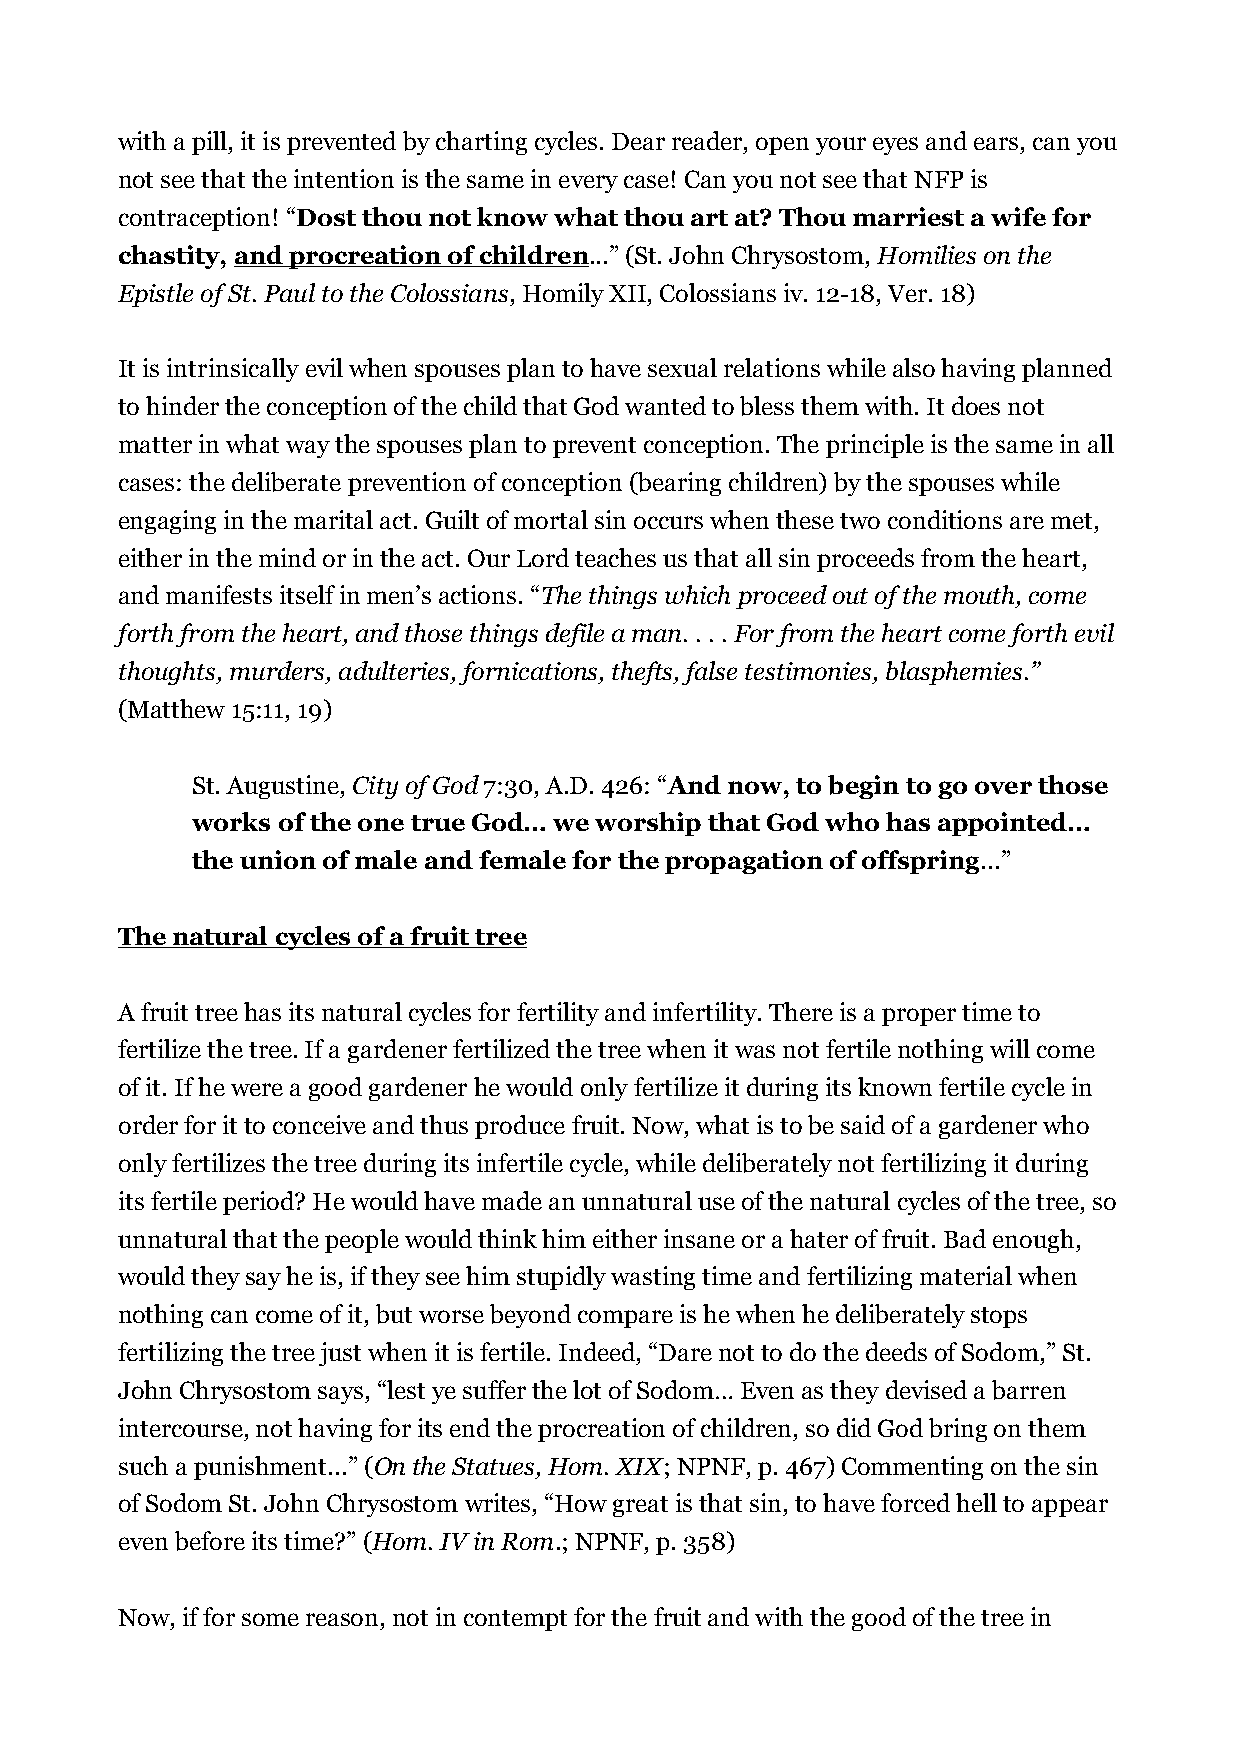
with a pill, it is prevented by charting cycles. Dear reader, open your eyes and ears, can you
 not see that the intention is the same in every case! Can you not see that NFP is
 contraception! “Dost thou not know what thou art at? Thou marriest a wife for
 chastity, and procreation of children...” (St. John Chrysostom, Homilies on the
 Epistle of St. Paul to the Colossians, Homily XII, Colossians iv. 12-18, Ver. 18)
 It is intrinsically evil when spouses plan to have sexual relations while also having planned
 to hinder the conception of the child that God wanted to bless them with. It does not
 matter in what way the spouses plan to prevent conception. The principle is the same in all
 cases: the deliberate prevention of conception (bearing children) by the spouses while
 engaging in the marital act. Guilt of mortal sin occurs when these two conditions are met,
 either in the mind or in the act. Our Lord teaches us that all sin proceeds from the heart,
 and manifests itself in men’s actions. “The things which proceed out of the mouth, come
 forth from the heart, and those things defile a man. . . . For from the heart come forth evil
 thoughts, murders, adulteries, fornications, thefts, false testimonies, blasphemies.”
 (Matthew 15:11, 19)
 St. Augustine, City of God 7:30, A.D. 426: “And now, to begin to go over those
 works of the one true God… we worship that God who has appointed…
 the union of male and female for the propagation of offspring...”
 The natural cycles of a fruit tree
 A fruit tree has its natural cycles for fertility and infertility. There is a proper time to
 fertilize the tree. If a gardener fertilized the tree when it was not fertile nothing will come
 of it. If he were a good gardener he would only fertilize it during its known fertile cycle in
 order for it to conceive and thus produce fruit. Now, what is to be said of a gardener who
 only fertilizes the tree during its infertile cycle, while deliberately not fertilizing it during
 its fertile period? He would have made an unnatural use of the natural cycles of the tree, so
 unnatural that the people would think him either insane or a hater of fruit. Bad enough,
 would they say he is, if they see him stupidly wasting time and fertilizing material when
 nothing can come of it, but worse beyond compare is he when he deliberately stops
 fertilizing the tree just when it is fertile. Indeed, “Dare not to do the deeds of Sodom,” St.
 John Chrysostom says, “lest ye suffer the lot of Sodom… Even as they devised a barren
 intercourse, not having for its end the procreation of children, so did God bring on them
 such a punishment...” (On the Statues, Hom. XIX; NPNF, p. 467) Commenting on the sin
 of Sodom St. John Chrysostom writes, “How great is that sin, to have forced hell to appear
 even before its time?” (Hom. IV in Rom.; NPNF, p. 358)
 Now, if for some reason, not in contempt for the fruit and with the good of the tree in